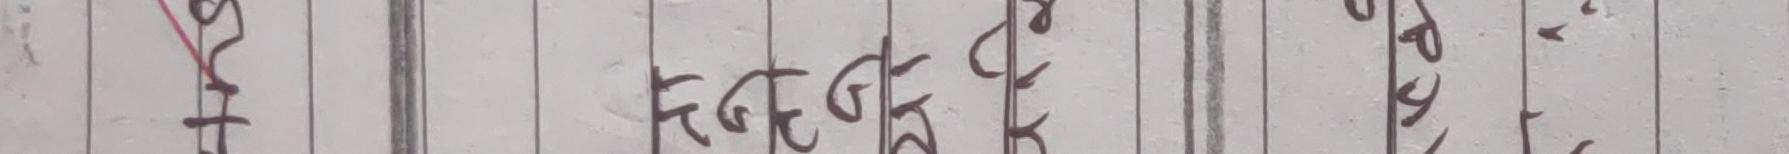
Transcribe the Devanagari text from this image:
FGG रा